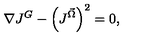
\nabla J ^ { G } - \left( J ^ { \vec { \Omega } } \right) ^ { 2 } = 0 ,